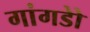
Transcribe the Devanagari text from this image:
गांगडोे